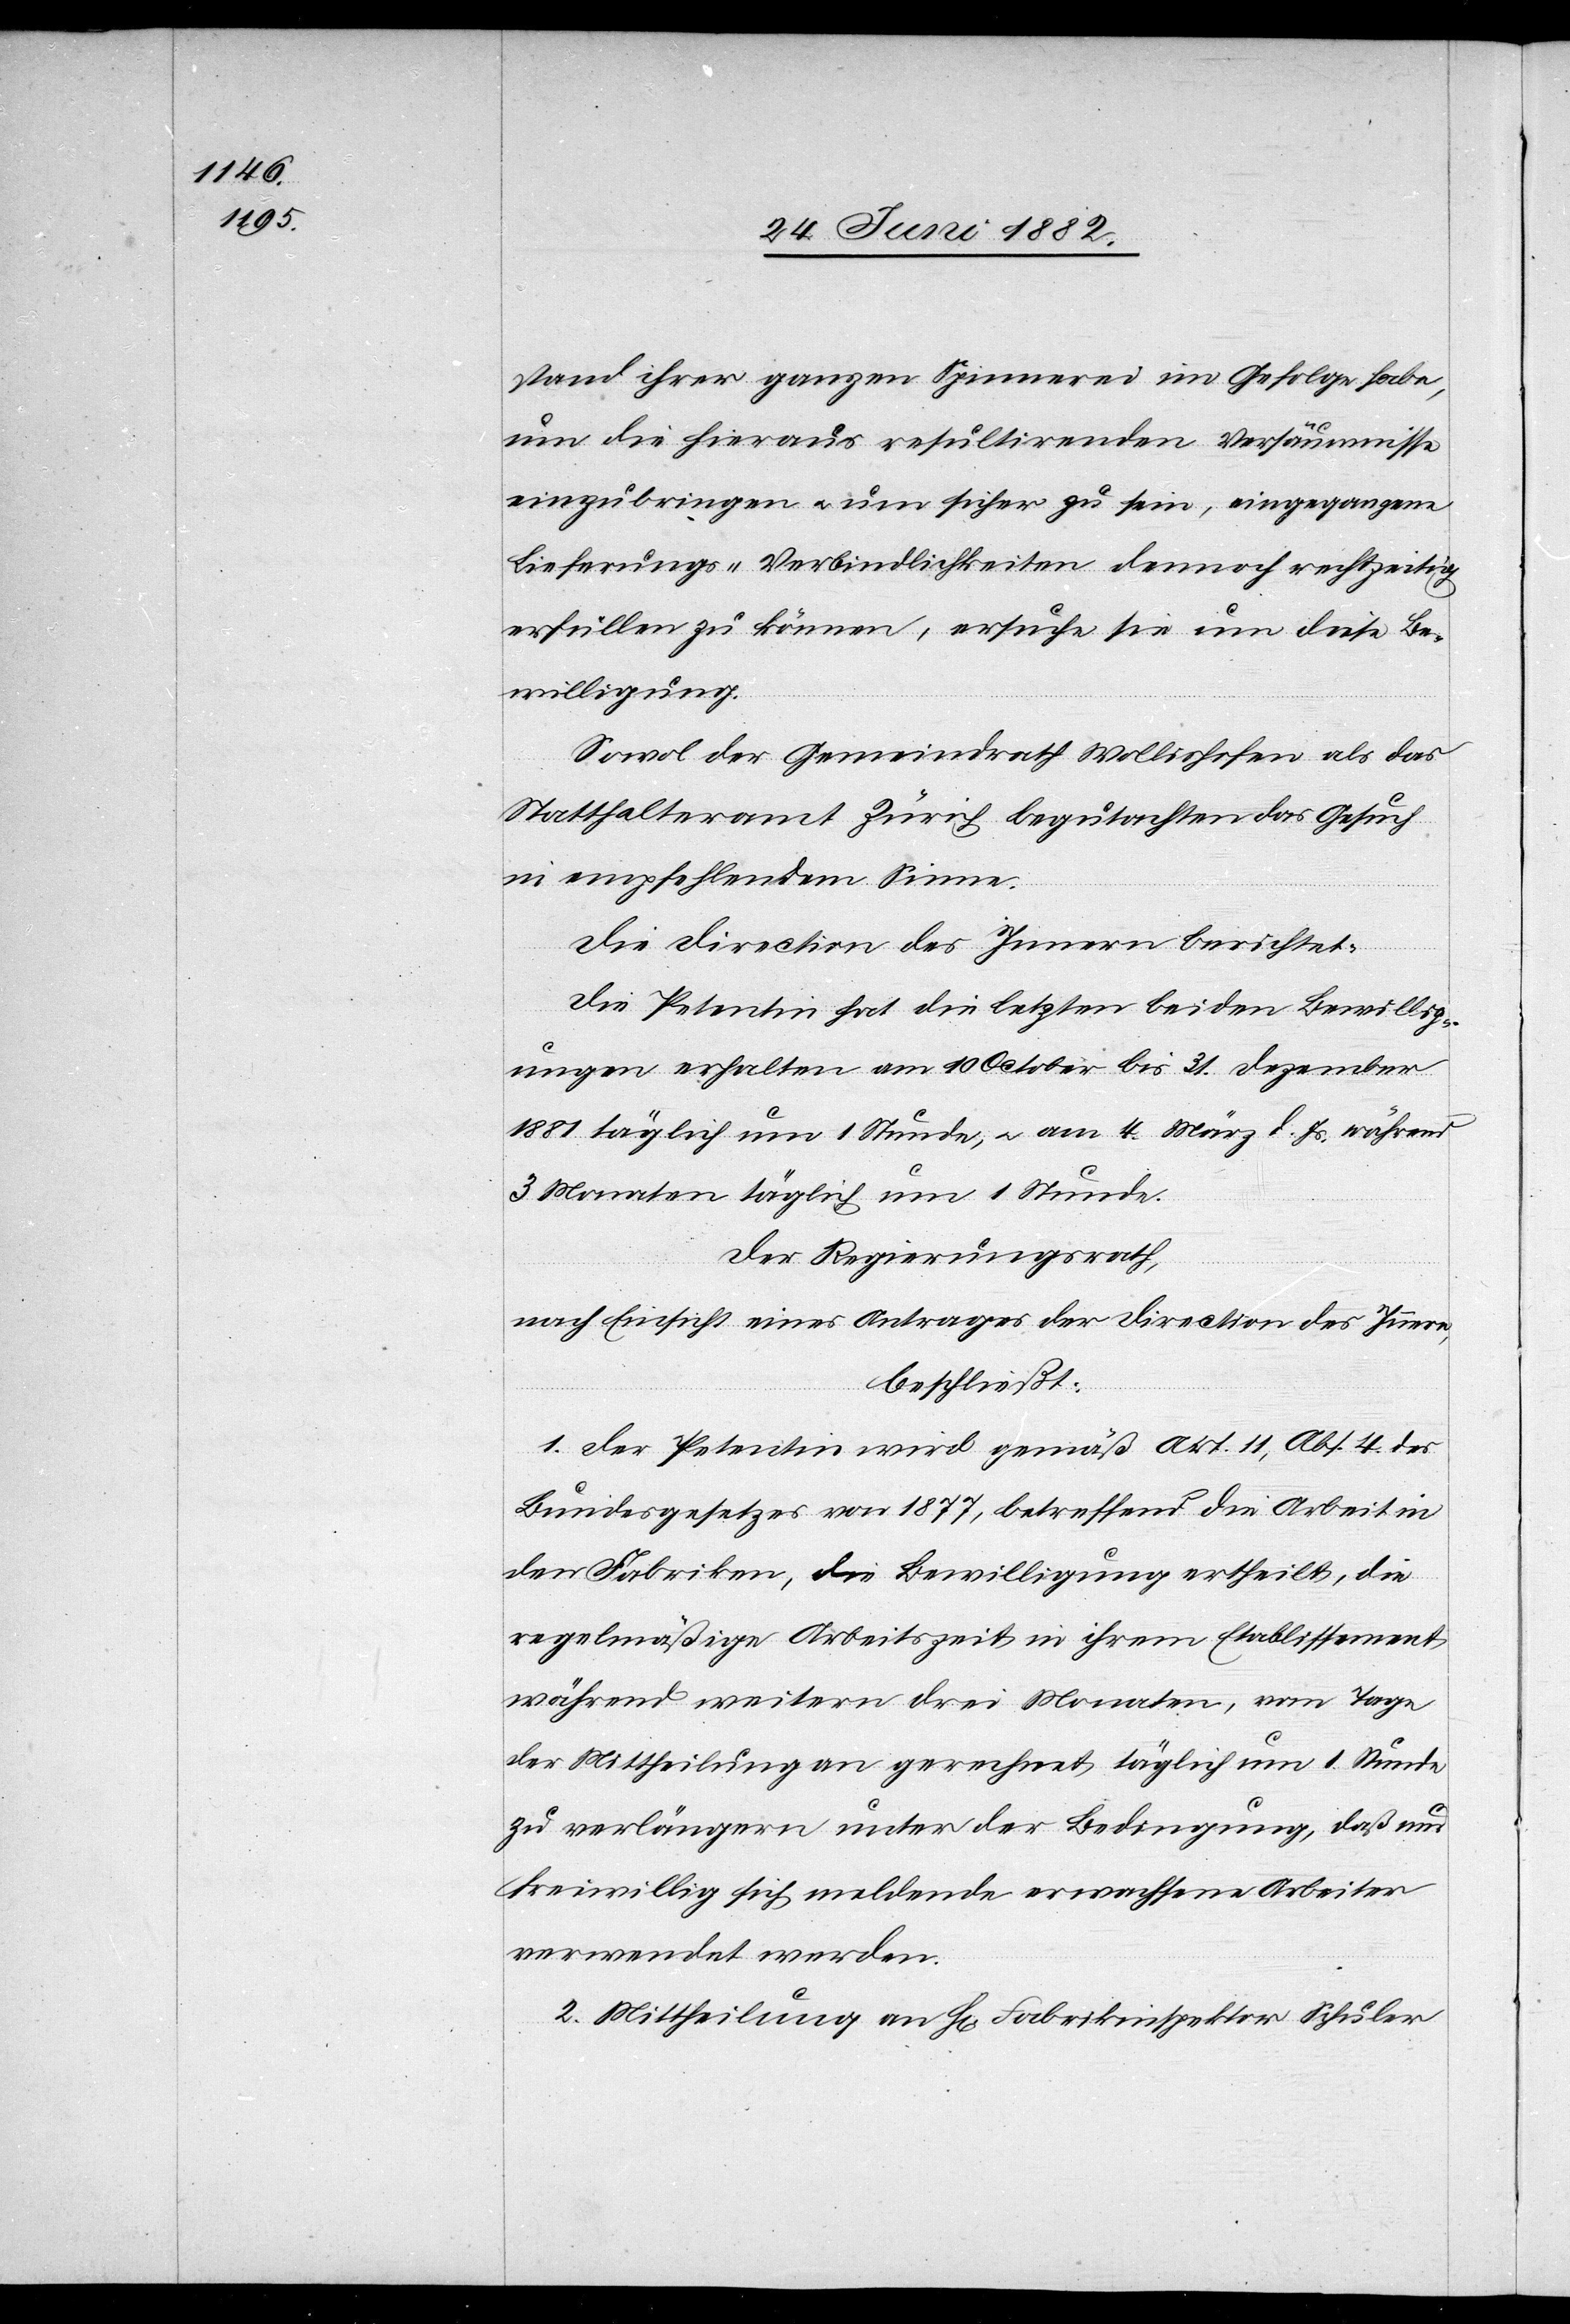
stand ihrer ganzen Spinnerei im Gefolge habe,
um die hieraus resultirenden Versäumnisse
einzubringen u. um sicher zu sein, eingegangene
Lieferungs-Verbindlichkeiten dennoch rechtzeitig
erfüllen zu können, ersuch sie um diese Be¬
willigung.
Die Direction des Innern berichtet:
Die Petentin hat die letzten beiden Bewillig¬
ungen erhalten am 10. October bis 31. Dezember
1881 täglich um 1 Stunde, u. am 4. März d. Js. während
3 Monaten täglich um 1 Stunde.
Der Regierungsrath,
nach Einsicht eines Antrages der Direction des Innern,
beschließt:
1. Der Petentin wird gemäß Art. 11, Abs. 4 des
Bundesgesetzes von 1877, betreffend die Arbeit in
den Fabriken, die Bewilligung ertheilt, die
regelmäßige Arbeitszeit in ihrem Etablissement
während weitern drei Monaten, vom Tage
der Mittheilung an gerechnet, täglich um 1 Stunde
zu verlängern unter der Bedingung, daß nur
freiwillig sich meldende erwachsene Arbeiter
verwendet werden.
2. Mittheilung an H[rn]. Fabrikinspektor Schuler